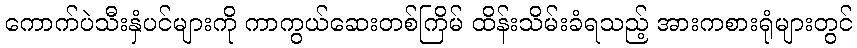
ကောက်ပဲသီးနှံပင်များကို ကာကွယ်ဆေးတစ်ကြိမ် ထိန်းသိမ်းခံရသည့် အားကစားရုံများတွင်